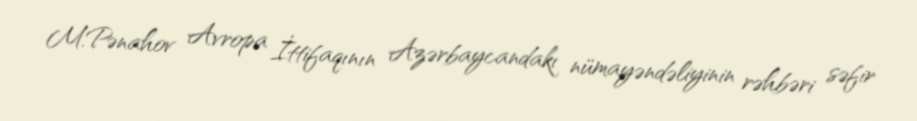
M.Pənahov Avropa İttifaqının Azərbaycandakı nümayəndəliyinin rəhbəri səfir